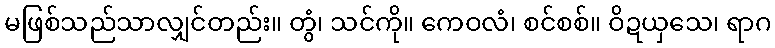
မဖြစ်သည်သာလျှင်တည်း။ တွံ၊ သင်ကို။ ကေဝလံ၊ စင်စစ်။ ဝိဍယှသေ၊ ရာဂ